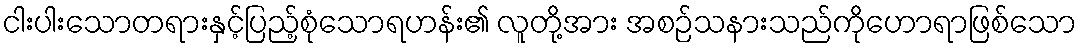
ငါးပါးသောတရားနှင့်ပြည့်စုံသောရဟန်း၏ လူတို့အား အစဉ်သနားသည်ကိုဟောရာဖြစ်သော